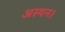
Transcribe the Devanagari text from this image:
अस्पन।